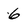
Character: 6